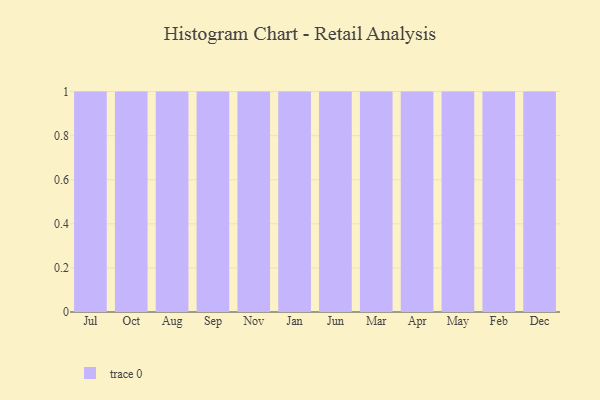
{"axis": {"x": "Month", "y": "Humidity (%)"}, "legend": [""], "data": [{"x": "Jul", "y": 96, "type": ""}, {"x": "Oct", "y": 74, "type": ""}, {"x": "Aug", "y": 39, "type": ""}, {"x": "Sep", "y": 33, "type": ""}, {"x": "Nov", "y": 15, "type": ""}, {"x": "Jan", "y": 82, "type": ""}, {"x": "Jun", "y": 46, "type": ""}, {"x": "Mar", "y": 36, "type": ""}, {"x": "Apr", "y": 75, "type": ""}, {"x": "May", "y": 15, "type": ""}, {"x": "Feb", "y": 82, "type": ""}, {"x": "Dec", "y": 39, "type": ""}]}